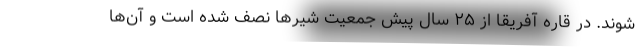
‌شوند. در قاره آفریقا از ۲۵ سال پیش جمعیت شیر‌ها نصف شده است و آن‌ها